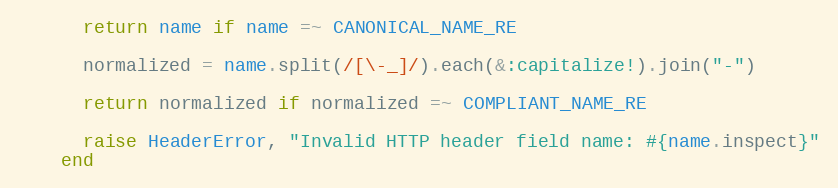
Language: Ruby
      return name if name =~ CANONICAL_NAME_RE

      normalized = name.split(/[\-_]/).each(&:capitalize!).join("-")

      return normalized if normalized =~ COMPLIANT_NAME_RE

      raise HeaderError, "Invalid HTTP header field name: #{name.inspect}"
    end